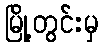
မြို့တွင်းမှ